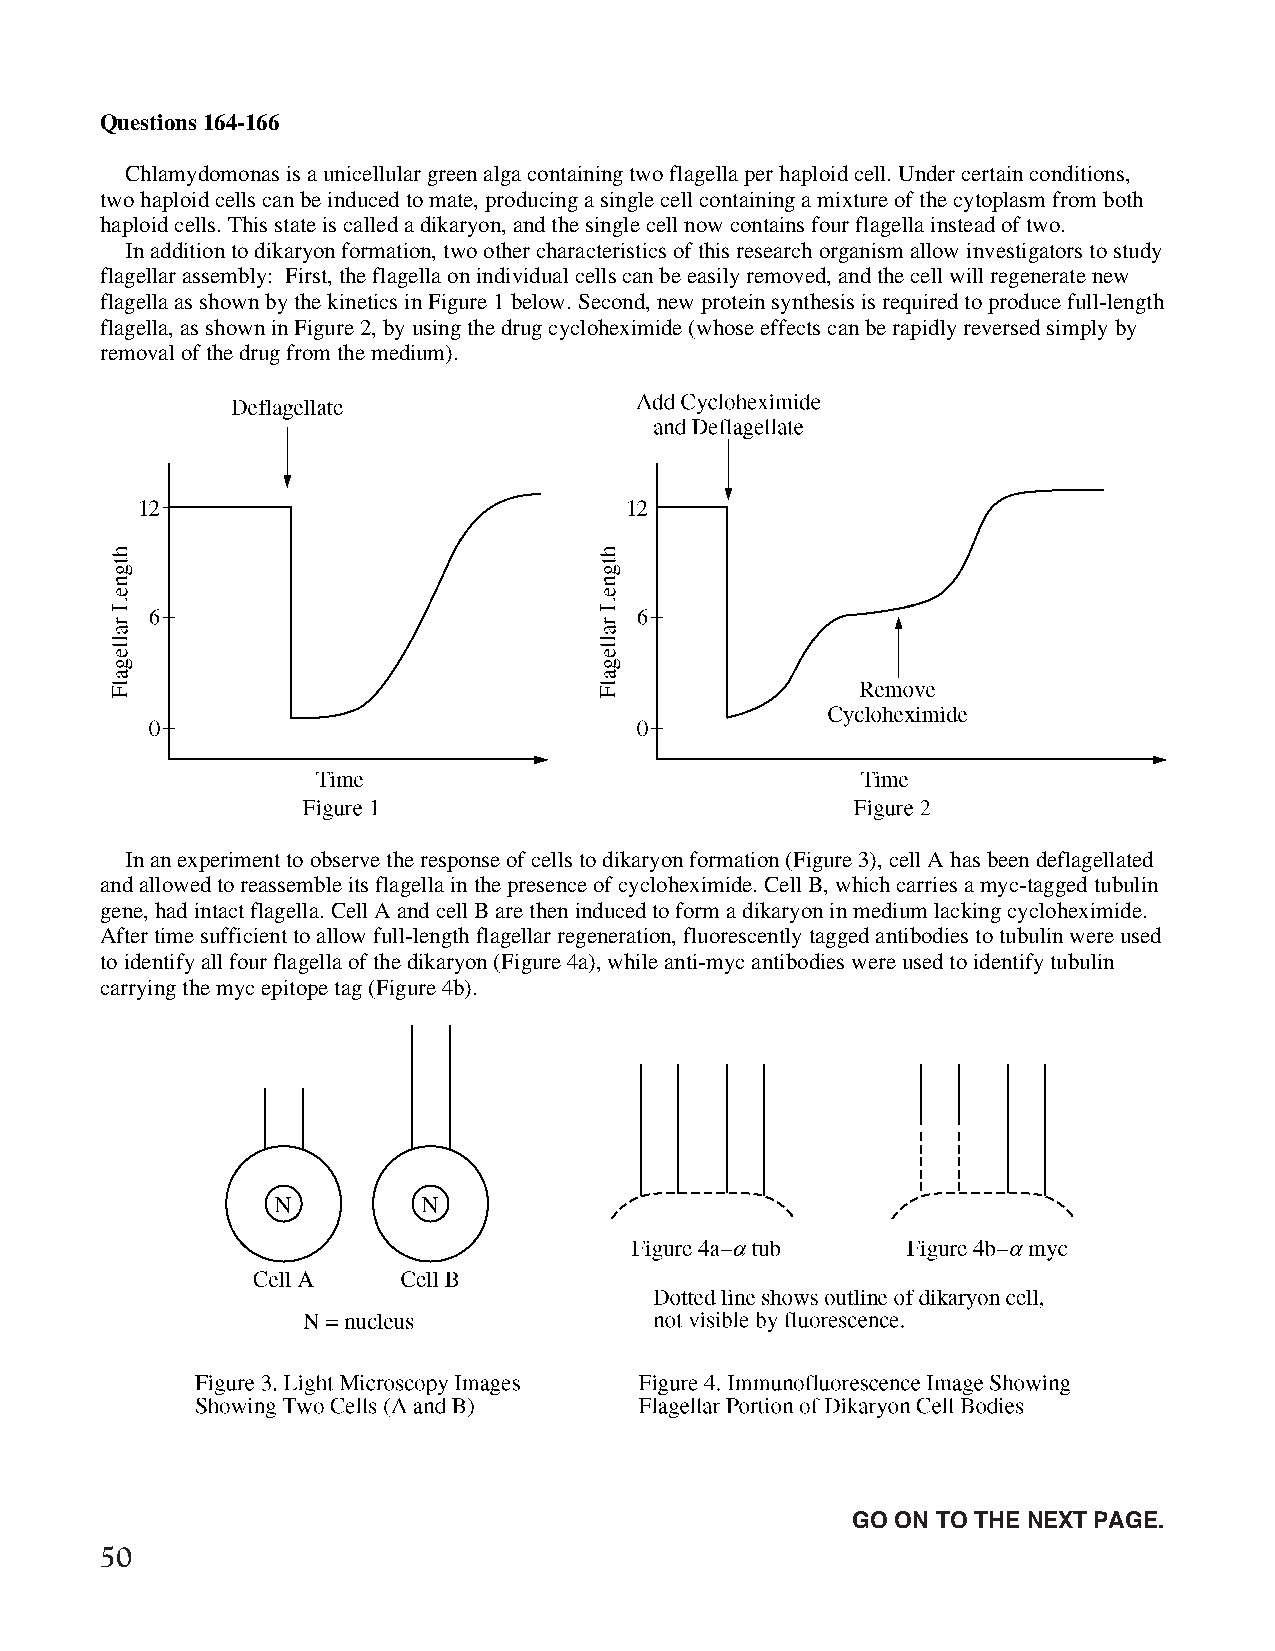
Questions 164-166
 Chlamydomonas is a unicellular green alga containing two flagella per haploid cell. Under certain conditions,
 two haploid cells can be induced to mate, producing a single cell containing a mixture of the cytoplasm from both
 haploid cells. This state is called a dikaryon, and the single cell now contains four flagella instead of two.
 In addition to dikaryon formation, two other characteristics of this research organism allow investigators to study
 flagellar assembly: First, the flagella on individual cells can be easily removed, and the cell will regenerate new
 flagella as shown by the kinetics in Figure 1 below. Second, new protein synthesis is required to produce full-length
 flagella, as shown in Figure 2, by using the drug cycloheximide (whose effects can be rapidly reversed simply by
 removal of the drug from the medium).
 In an experiment to observe the response of cells to dikaryon formation (Figure 3), cell A has been deflagellated
 and allowed to reassemble its flagella in the presence of cycloheximide. Cell B, which carries a myc-tagged tubulin
 gene, had intact flagella. Cell A and cell B are then induced to form a dikaryon in medium lacking cycloheximide.
 After time sufficient to allow full-length flagellar regeneration, fluorescently tagged antibodies to tubulin were used
 to identify all four flagella of the dikaryon (Figure 4a), while anti-myc antibodies were used to identify tubulin
 carrying the myc epitope tag (Figure 4b).
 Unauthorized copying or reuse of
 any part of this page is illegal.               GO ON TO THE NEXT PAGE.
 50
 GO ON TO THE NEXT PAGE.
 -42-
 007884-72507 GRE Biochemistry Test Practise Book • Dr01 4/17/08 ta • Dr02 5/7/08 ta • Dr03 5/20/08 ta • [NEW 108353] • CS6 • Dr01 5/1/15 jw • [New
 Job] 007884-113203 Drft01 3/22/16 ew